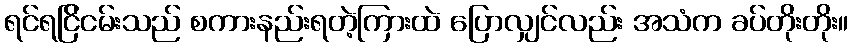
ရင်ရင်ြိငမ်းသည် စကားနည်းရတဲ့ကြားထဲ ပြောလျှင်လည်း အသံက ခပ်တိုးတိုး။